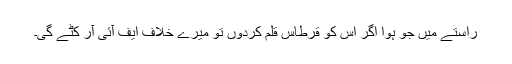
راستے میں جو ہوا اگر اس کو قرطاسِ قلم کردوں تو میرے خلاف ایف آئی آر کٹے گی۔